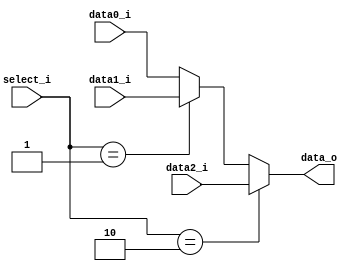
/***************************************************
Student Name: 
Student ID: 0511226
***************************************************/

`timescale 1ns/1ps

module MUX_3to1(
	input  [31:0] data0_i,       
	input  [31:0] data1_i,
	input  [31:0] data2_i,
	input  [ 1:0] select_i,
	output [31:0] data_o
    );		   

/* Write your code HERE */
assign data_o = (select_i==2) ? data2_i:(
				(select_i==1) ? data1_i: 
								data0_i);

endmodule